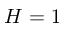
H = 1